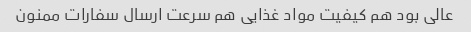
عالی بود هم کیفیت مواد غذایی هم سرعت ارسال سفارات ممنون